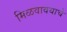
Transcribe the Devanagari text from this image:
मिळवावयाचे